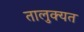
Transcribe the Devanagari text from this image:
तालुक्यत